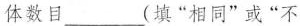
体数目___(填”相同”或”不